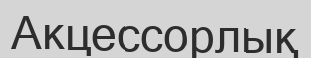
Акцессорлық